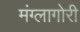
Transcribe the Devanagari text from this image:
मंग्लागोरी